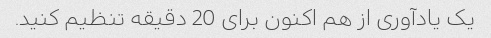
یک یادآوری از هم اکنون برای 20 دقیقه تنظیم کنید.